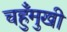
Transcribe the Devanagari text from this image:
चहुँमुखी